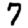
Digit: 7